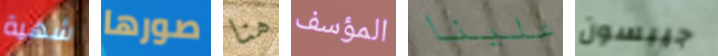
شهية صورها هنا المؤسف علينا جيبسون